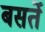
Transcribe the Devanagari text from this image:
बसर्ते